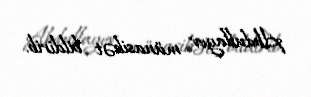
Abdullayev münasibət bildirib.